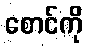
စောင်ကို